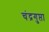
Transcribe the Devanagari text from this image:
चंद्रगुप्ता